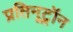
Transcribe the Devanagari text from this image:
प्रतिनूट्रॉन